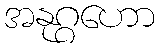
အနုဂ္ဂဟော